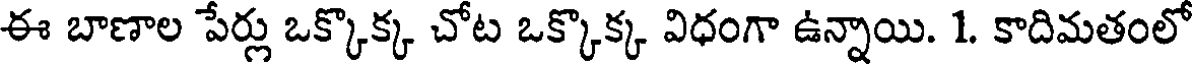
ఈ బాణాల పేర్లు ఒక్కొక్క చోట ఒక్కొక్క విధంగా ఉన్నాయి. 1. కాదిమతంలో